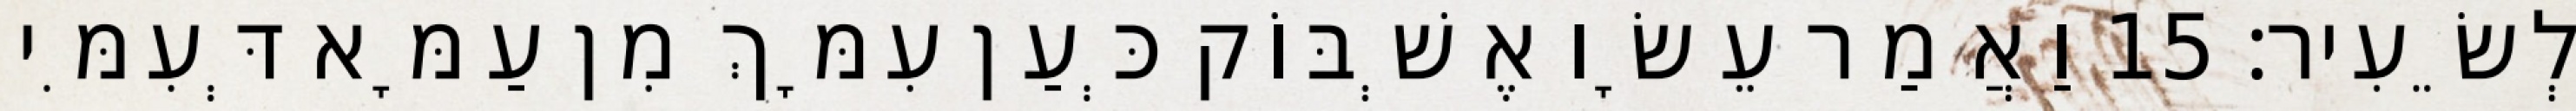
לְשֵׂעִיר׃ 15 וַאֲמַר עֵשָׂו אֶשְׁבּוֹק כְּעַן עִמָּךְ מִן עַמָּא דְּעִמִּי